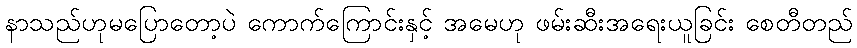
နာသည်ဟုမပြောတော့ပဲ ကောက်ကြောင်းနှင့် အမေဟု ဖမ်းဆီးအရေးယူခြင်း စေတီတည်